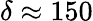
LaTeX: \delta\approx 150